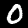
Label: 0